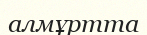
алмұртта